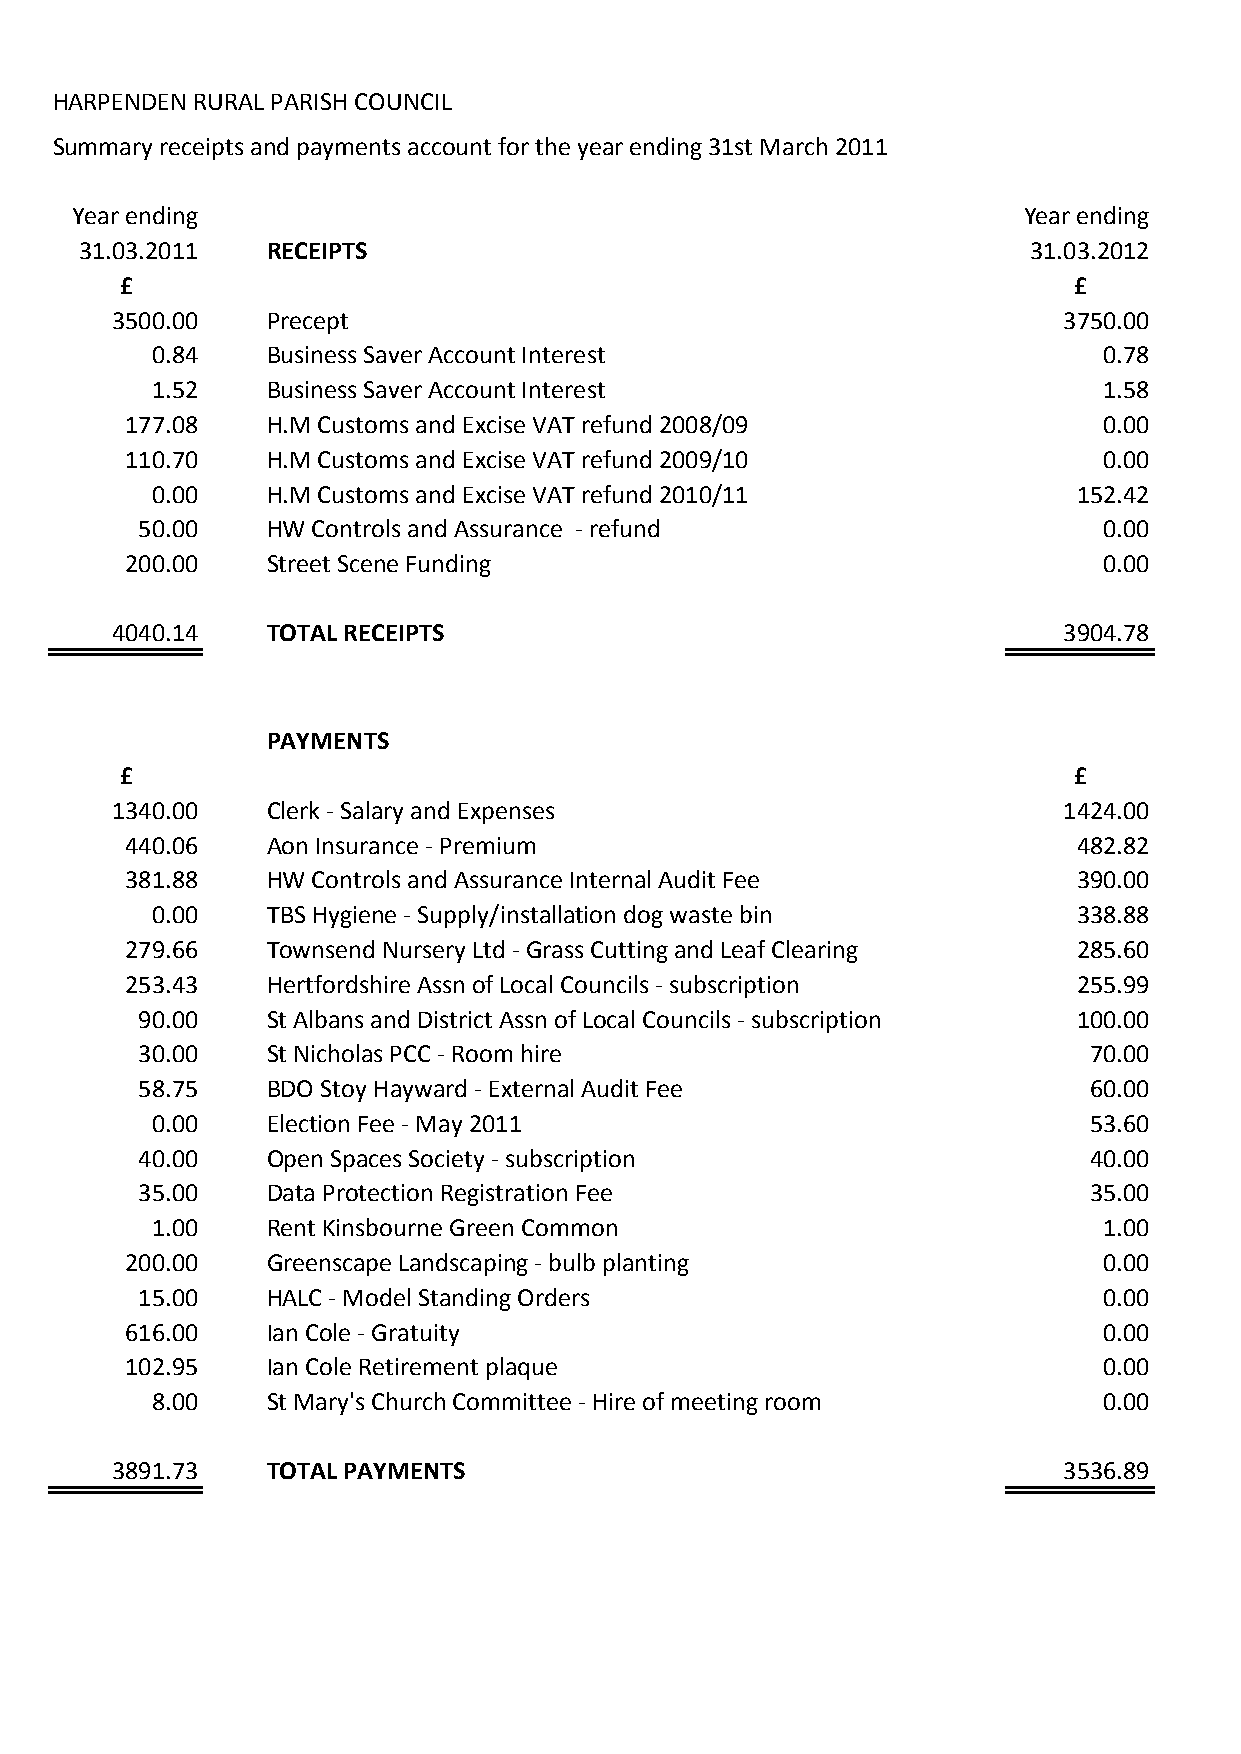
HARPENDEN RURAL PARISH COUNCIL
 Summary receipts and payments account for the year ending 31st March 2011
 Year ending                                                    Year ending
 31.03.2011   RECEIPTS                                          31.03.2012
 £                                                              £
 3500.00    Precept                                             3750.00
 0.84    Business Saver Account Interest                        0.78
 1.52    Business Saver Account Interest                        1.58
 177.08    H.M Customs and Excise VAT refund 2008/09              0.00
 110.70    H.M Customs and Excise VAT refund 2009/10              0.00
 0.00    H.M Customs and Excise VAT refund 2010/11            152.42
 50.00    HW Controls and Assurance - refund                     0.00
 200.00    Street Scene Funding                                   0.00
 4040.14    TOTAL RECEIPTS                                      3904.78
 PAYMENTS
 £                                                              £
 1340.00    Clerk - Salary and Expenses                         1424.00
 440.06    Aon Insurance - Premium                              482.82
 381.88    HW Controls and Assurance Internal Audit Fee         390.00
 0.00    TBS Hygiene - Supply/installation dog waste bin      338.88
 279.66    Townsend Nursery Ltd - Grass Cutting and Leaf Clearing 285.60
 253.43    Hertfordshire Assn of Local Councils - subscription  255.99
 90.00    St Albans and District Assn of Local Councils - subscription 100.00
 30.00    St Nicholas PCC - Room hire                           70.00
 58.75    BDO Stoy Hayward - External Audit Fee                 60.00
 0.00    Election Fee - May 2011                               53.60
 40.00    Open Spaces Society - subscription                    40.00
 35.00    Data Protection Registration Fee                      35.00
 1.00    Rent Kinsbourne Green Common                           1.00
 200.00    Greenscape Landscaping - bulb planting                 0.00
 15.00    HALC - Model Standing Orders                           0.00
 616.00    Ian Cole - Gratuity                                    0.00
 102.95    Ian Cole Retirement plaque                             0.00
 8.00    St Mary's Church Committee - Hire of meeting room      0.00
 3891.73    TOTAL PAYMENTS                                      3536.89